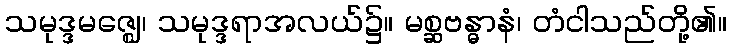
သမုဒ္ဒမဇ္ဈေ၊ သမုဒ္ဒရာအလယ်၌။ မစ္ဆဗန္ဓာနံ၊ တံငါသည်တို့၏။